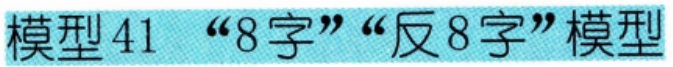
模型41 “8字”“反8字”模型